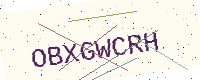
Text: OBXGWCRH